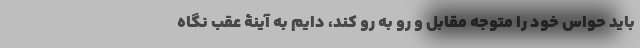
باید حواس خود را متوجه مقابل و رو به رو کند، دایم به آینۀ عقب نگاه